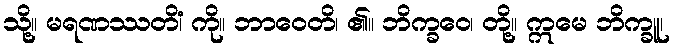
သို့။ မရဏဿတိံ၊ ကို။ ဘာဝေတိ၊ ၏။ ဘိက္ခဝေ၊ တို့။ ဣမေ ဘိက္ခူ၊